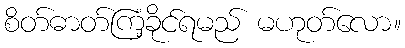
စိတ်ဓာတ်ကြံ့ခိုင်ရမည် မဟုတ်လော။